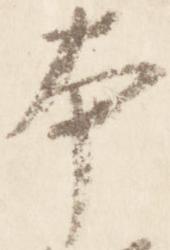
本